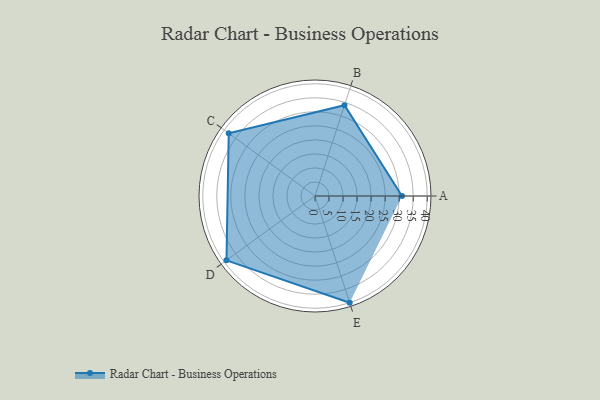
{"axis": {"x": "Skill", "y": "Score"}, "legend": ["Profile"], "data": [{"x": "A", "y": 31.0, "type": "Profile"}, {"x": "B", "y": 34.0, "type": "Profile"}, {"x": "C", "y": 38.0, "type": "Profile"}, {"x": "D", "y": 39.0, "type": "Profile"}, {"x": "E", "y": 40.0, "type": "Profile"}]}